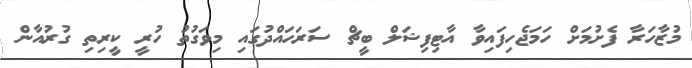
މުޒާހަރާ ފެށުމަށް ހަަމަޖެހިފައިވާ އާޓިފިޝަލް ބީޗް ސަރަހައްދުގައި މިވަގުތު ހުރީ ކީރިތި ގުރުއާން